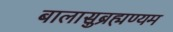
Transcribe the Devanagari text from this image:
बालासुब्रह्मण्यम